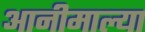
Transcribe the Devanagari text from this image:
आनीमाल्या